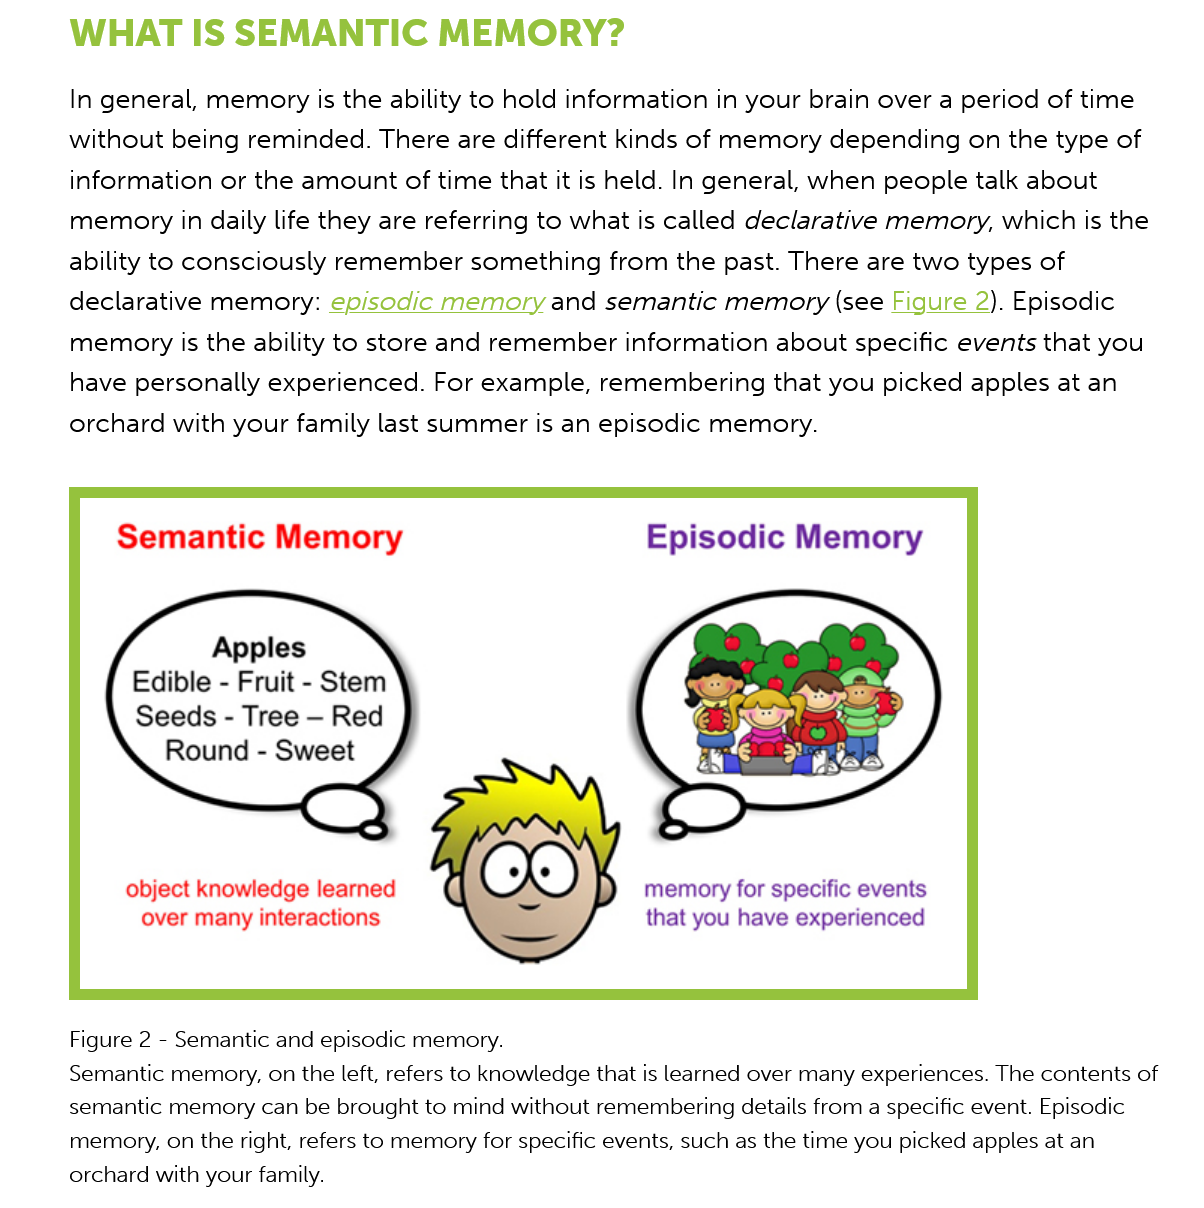
Figure 2
     -
     Semantic and episodic memory.
     Semantic memory, on the left, refers to knowledge that is learned over many experiences. The contents of
     semantic memory can be brought to mind without remembering details from a specific event. Episodic
     memory, on the right, refers to memory for specific events, such as the time you picked apples at an
     orchard with your family.
     WHAT   IS    SEMANTIC    MEMORY?
     In general, memory is the ability to hold information in your brain over a period of time
     without being  reminded. There  are different kinds of memory depending  on the type of
     information or the amount of  time that it is held. In general, when people talk about
     memory in   daily life they are referring to what is called declarative memory, which is the
     ability to consciously remember  something  from the past. There are two types of
     declarative memory:  episodic memory   and semantic  memory   (see Figure  2). Episodic
     memory is  the ability to store and remember information about  specific events that you
     have  personally experienced. For example, remembering   that you picked apples at an
     orchard with your family last summer is an episodic memory.
     Episodic    Memory Semantic Memory
     object knowledge learned
     over many interactions
     memory for specific events
     that you have experienced
     Apples
     Edible
     -
     Fruit
     -
     Stem
     Seeds
     -
     Tree
     —
     Red
     Round
     -
     Sweet